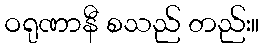
ဝရုဏာနီ စသည် တည်း။